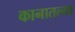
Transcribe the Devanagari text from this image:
कानातल्या